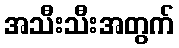
အသီးသီးအတွက်